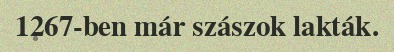
1267-ben már szászok lakták.